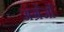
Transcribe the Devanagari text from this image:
अंग्रेजोंं